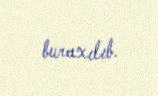
buraxılıb.